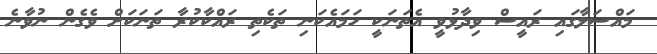
މައްސަލާގައި ރައީސް ވިދާޅުވީ އެތަނަކީ ހަމައެކަނި ތަކެތި ރައްކާކުރާ ތަނަކަށް ވެގެން ނުވާނެ